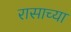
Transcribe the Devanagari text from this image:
रासाच्या